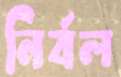
নির্বল